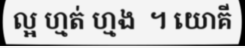
ល្អ ហ្មត់ ហ្មង  ។ យោគី